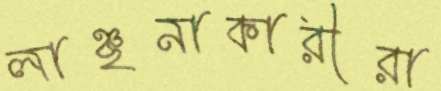
লাঞ্ছনাকারীরা